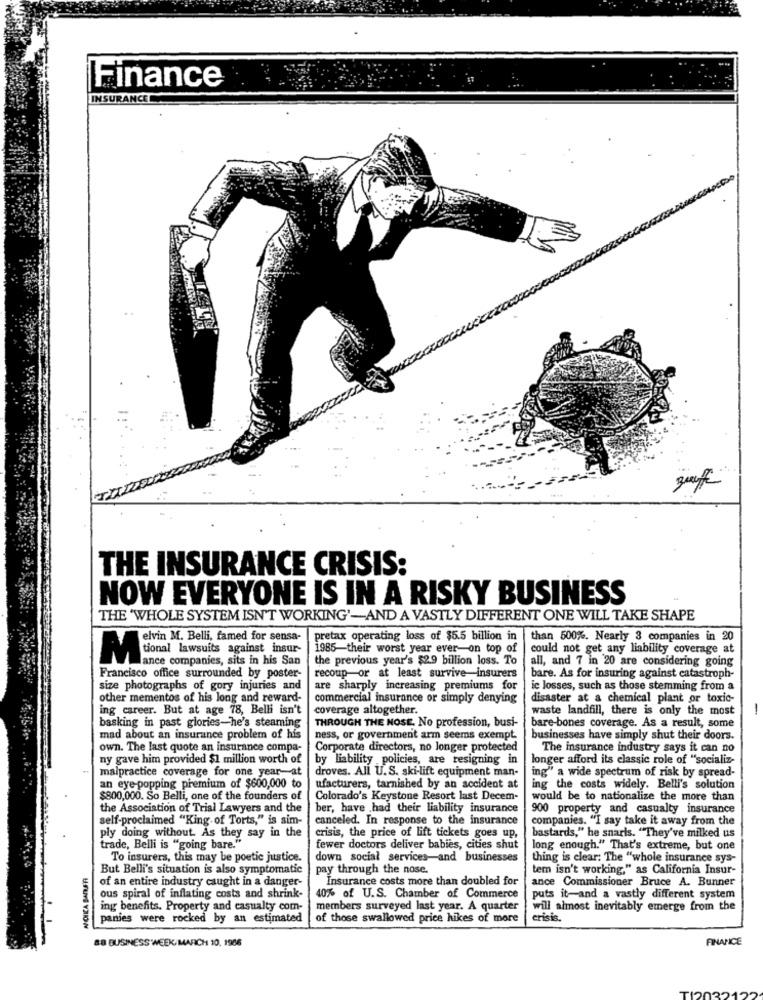
Finance
INSURANCE
THE INSURANCE CRISIS:
NOW EVERYONE IS IN A RISKY BUSINESS
THE 'WHOLE SYSTEM ISN'T WORKING'-AND A VASTLY DIFFERENT ONE WILL TAKE SHAPE
elvin M. Belli, famed for sensa-
pretax operating loss of $5.5 billion in
than 500%. Nearly 3 companies in 20
tional lawsuits against insur-
1985-their worst year ever-on top of
could not get any liability coverage at
M
ance companies, sits in his San
the previous year's $2.9 billion loss. To
all, and 7 in 20 are considering going
recoup-or at least survive insurers
Francisco office surrounded by poster-
bare. As for insuring against catastroph-
size photographs of gory injuries and
are sharply increasing premiums for
ic losses, such as those stemming from a
other mementos of his long and reward-
commercial insurance or simply denying
disaster at a chemical plant or toxic-
ing career. But at age 78, Belli isn't
coverage altogether.
waste landfill, there is only the most
1
basking in past glories-he's steaming
THROUGH THE NOSE. No profession, busi-
bare-bones coverage. As a result, some
mad about an insurance problem of his
ness, or government arm seems exempt.
businesses have simply shut their doors.
own. The last quote an insurance compa-
Corporate directors, no longer protected
The insurance industry says it can no
ny gave him provided $1 million worth of
by liability policies, are resigning in
longer afford its classic role of "socializ-
malpractice coverage for one year-at
droves. All U.S. ski-lift equipment man-
ing" a wide spectrum of risk by spread-
an eye-popping premium of $600,000 to
ufacturers, tarnished by an accident at
ing the costs widely. Belli's solution
$800,000. So Belli, one of the founders of
Colorado's Keystone Resort last Decem-
would be to nationalize the more than
the Association of Trial Lawyers and the
ber, have had their liability insurance
900 property and casualty insurance
self-proclaimed "King of Torts," is sim-
canceled. In response to the insurance
companies. "I say take it away from the
ply doing without. As they say in the
crisis, the price of lift tickets goes up,
bastards," he snarls. "They've milked us
trade, Belli is "going bare."
fewer doctors deliver babies, cities shut
long enough." That's extreme, but one
To insurers, this may be poetic justice.
down social services-and businesses
thing is clear: The "whole insurance sys-
NOIKA BANARI
But Belli's situation is also symptomatic
pay through the nose.
tem isn't working," as California Insur-
Insurance costs more than doubled for
ance Commissioner Bruce A. Bunner
of an entire industry caught in a danger-
ous spiral of inflating costs and shrink-
40% of U.S. Chamber of Commerce
puts it-and a vastly different system
ing benefits. Property and casualty com-
members surveyed last year. A quarter
will almost inevitably emerge from the
panies were rocked by an estimated
of those swallowed price hikes of more
crisis.
88 BUSINESS WEEK, MARCH 10, 1986
FINANCE